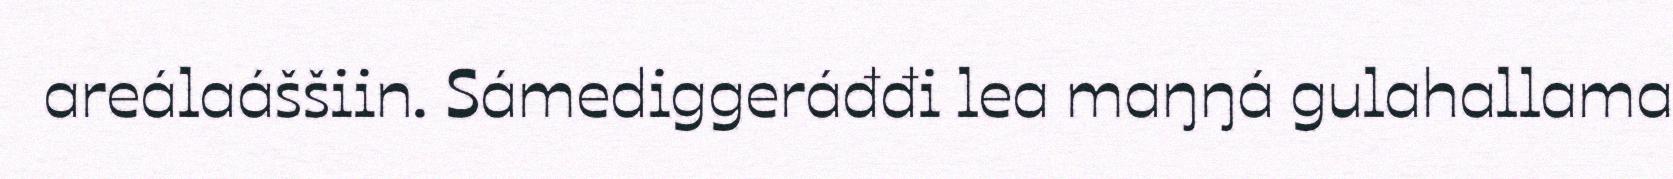
areálaáššiin. Sámediggeráđđi lea maŋŋá gulahallama